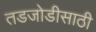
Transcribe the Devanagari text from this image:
तडजोडीसाठी